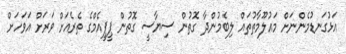
އަޅުގަނޑުމެންނަށް މައުލޫމާތުތައް ލިބެމުންދާ ގޮތުން ސިޔާސީ ގޮތުން ޕީޕީއެމްގެ ތެރެއަށް ވަރަށް އަވަހަށް